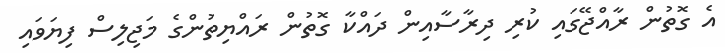
އެ ގޮތުން ރާއްޖޭގައި ކުރި ދިރާސާއިން ދައްކާ ގޮތުން ރައްޔިތުންގެ މަޖިލިސް ފިޔަވައި